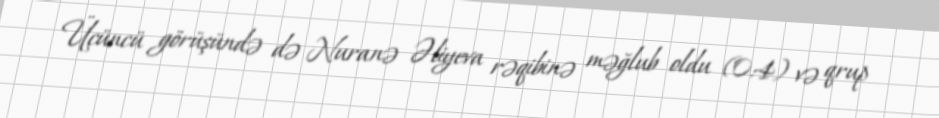
Üçüncü görüşündə də Nuranə Əliyeva rəqibinə məğlub oldu (0:4) və qrup